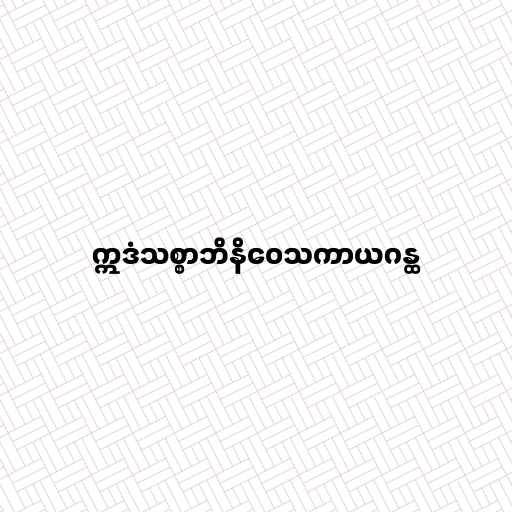
ဣဒံသစ္စာဘိနိဝေသကာယဂန္ထ